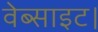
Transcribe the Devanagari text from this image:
वेब्साइट।